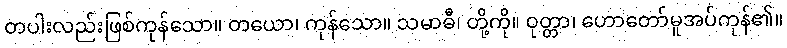
တပါးလည်းဖြစ်ကုန်သော။ တယော၊ ကုန်သော။ သမာဓီ၊ တို့ကို။ ဝုတ္တာ၊ ဟောတော်မူအပ်ကုန်၏။